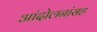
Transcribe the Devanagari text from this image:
आंदोलनांसह